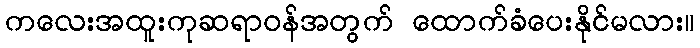
ကလေးအထူးကုဆရာဝန်အတွက် ထောက်ခံပေးနိုင်မလား။